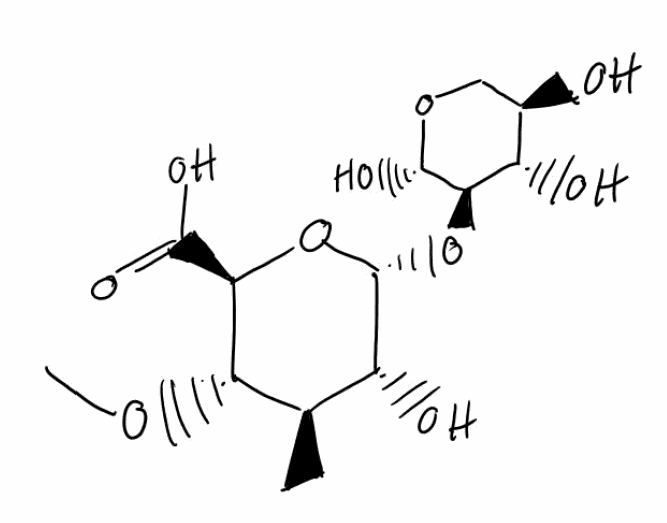
Simplified molecular-input line-entry system (SMILES) notation of the given molecule:
CO[C@H]1[C@@H]([C@H]([C@H](O[C@@H]1C(=O)O)O[C@@H]2[C@H]([C@@H](CO[C@H]2O)O)O)O)O